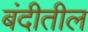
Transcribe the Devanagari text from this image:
बंदीतील